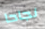
نجاحا